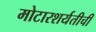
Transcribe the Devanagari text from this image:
मोटारशर्यतीची